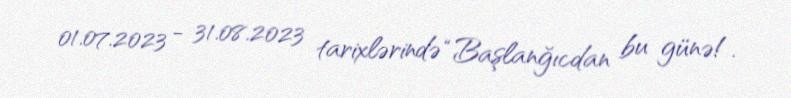
01.07.2023 - 31.08.2023 tarixlərində “Başlanğıcdan bu günə!.